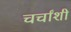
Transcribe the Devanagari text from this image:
चर्चांशी